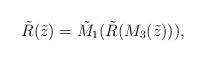
LaTeX: \begin{align*}{\tilde R}( {\tilde z}) = {\tilde M}_1 ({\tilde R} (M_3 ({\tilde z}))),\end{align*}